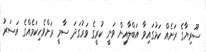
ސޫރިޔާގެ ރަށެއް ކަމުގައިވާ އަބްލާއިން ވަނީ ކުރީގެ ވަރުގަދަ ސާމީ ރަށްވެހިކަމެއްގެ އަސަރު